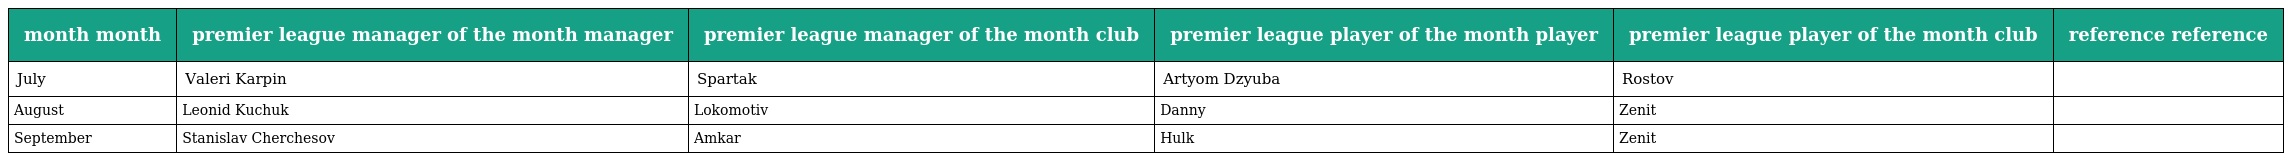
| month month | premier league manager of the month manager | premier league manager of the month club | premier league player of the month player | premier league player of the month club | reference reference |
 | --- | --- | --- | --- | --- | --- |
 | July | Valeri Karpin | Spartak | Artyom Dzyuba | Rostov |  |
 | August | Leonid Kuchuk | Lokomotiv | Danny | Zenit |  |
 | September | Stanislav Cherchesov | Amkar | Hulk | Zenit |  |